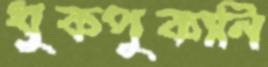
ধুকপুকানি